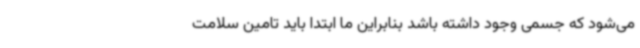
می‌شود که جسمی وجود داشته باشد بنابراین ما ابتدا باید تامین سلامت